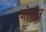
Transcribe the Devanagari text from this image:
जोलोर